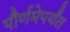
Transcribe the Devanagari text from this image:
पौर्णमेपर्यंत